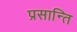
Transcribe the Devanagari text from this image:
प्रसान्ति